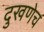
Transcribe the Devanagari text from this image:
दुखणेच